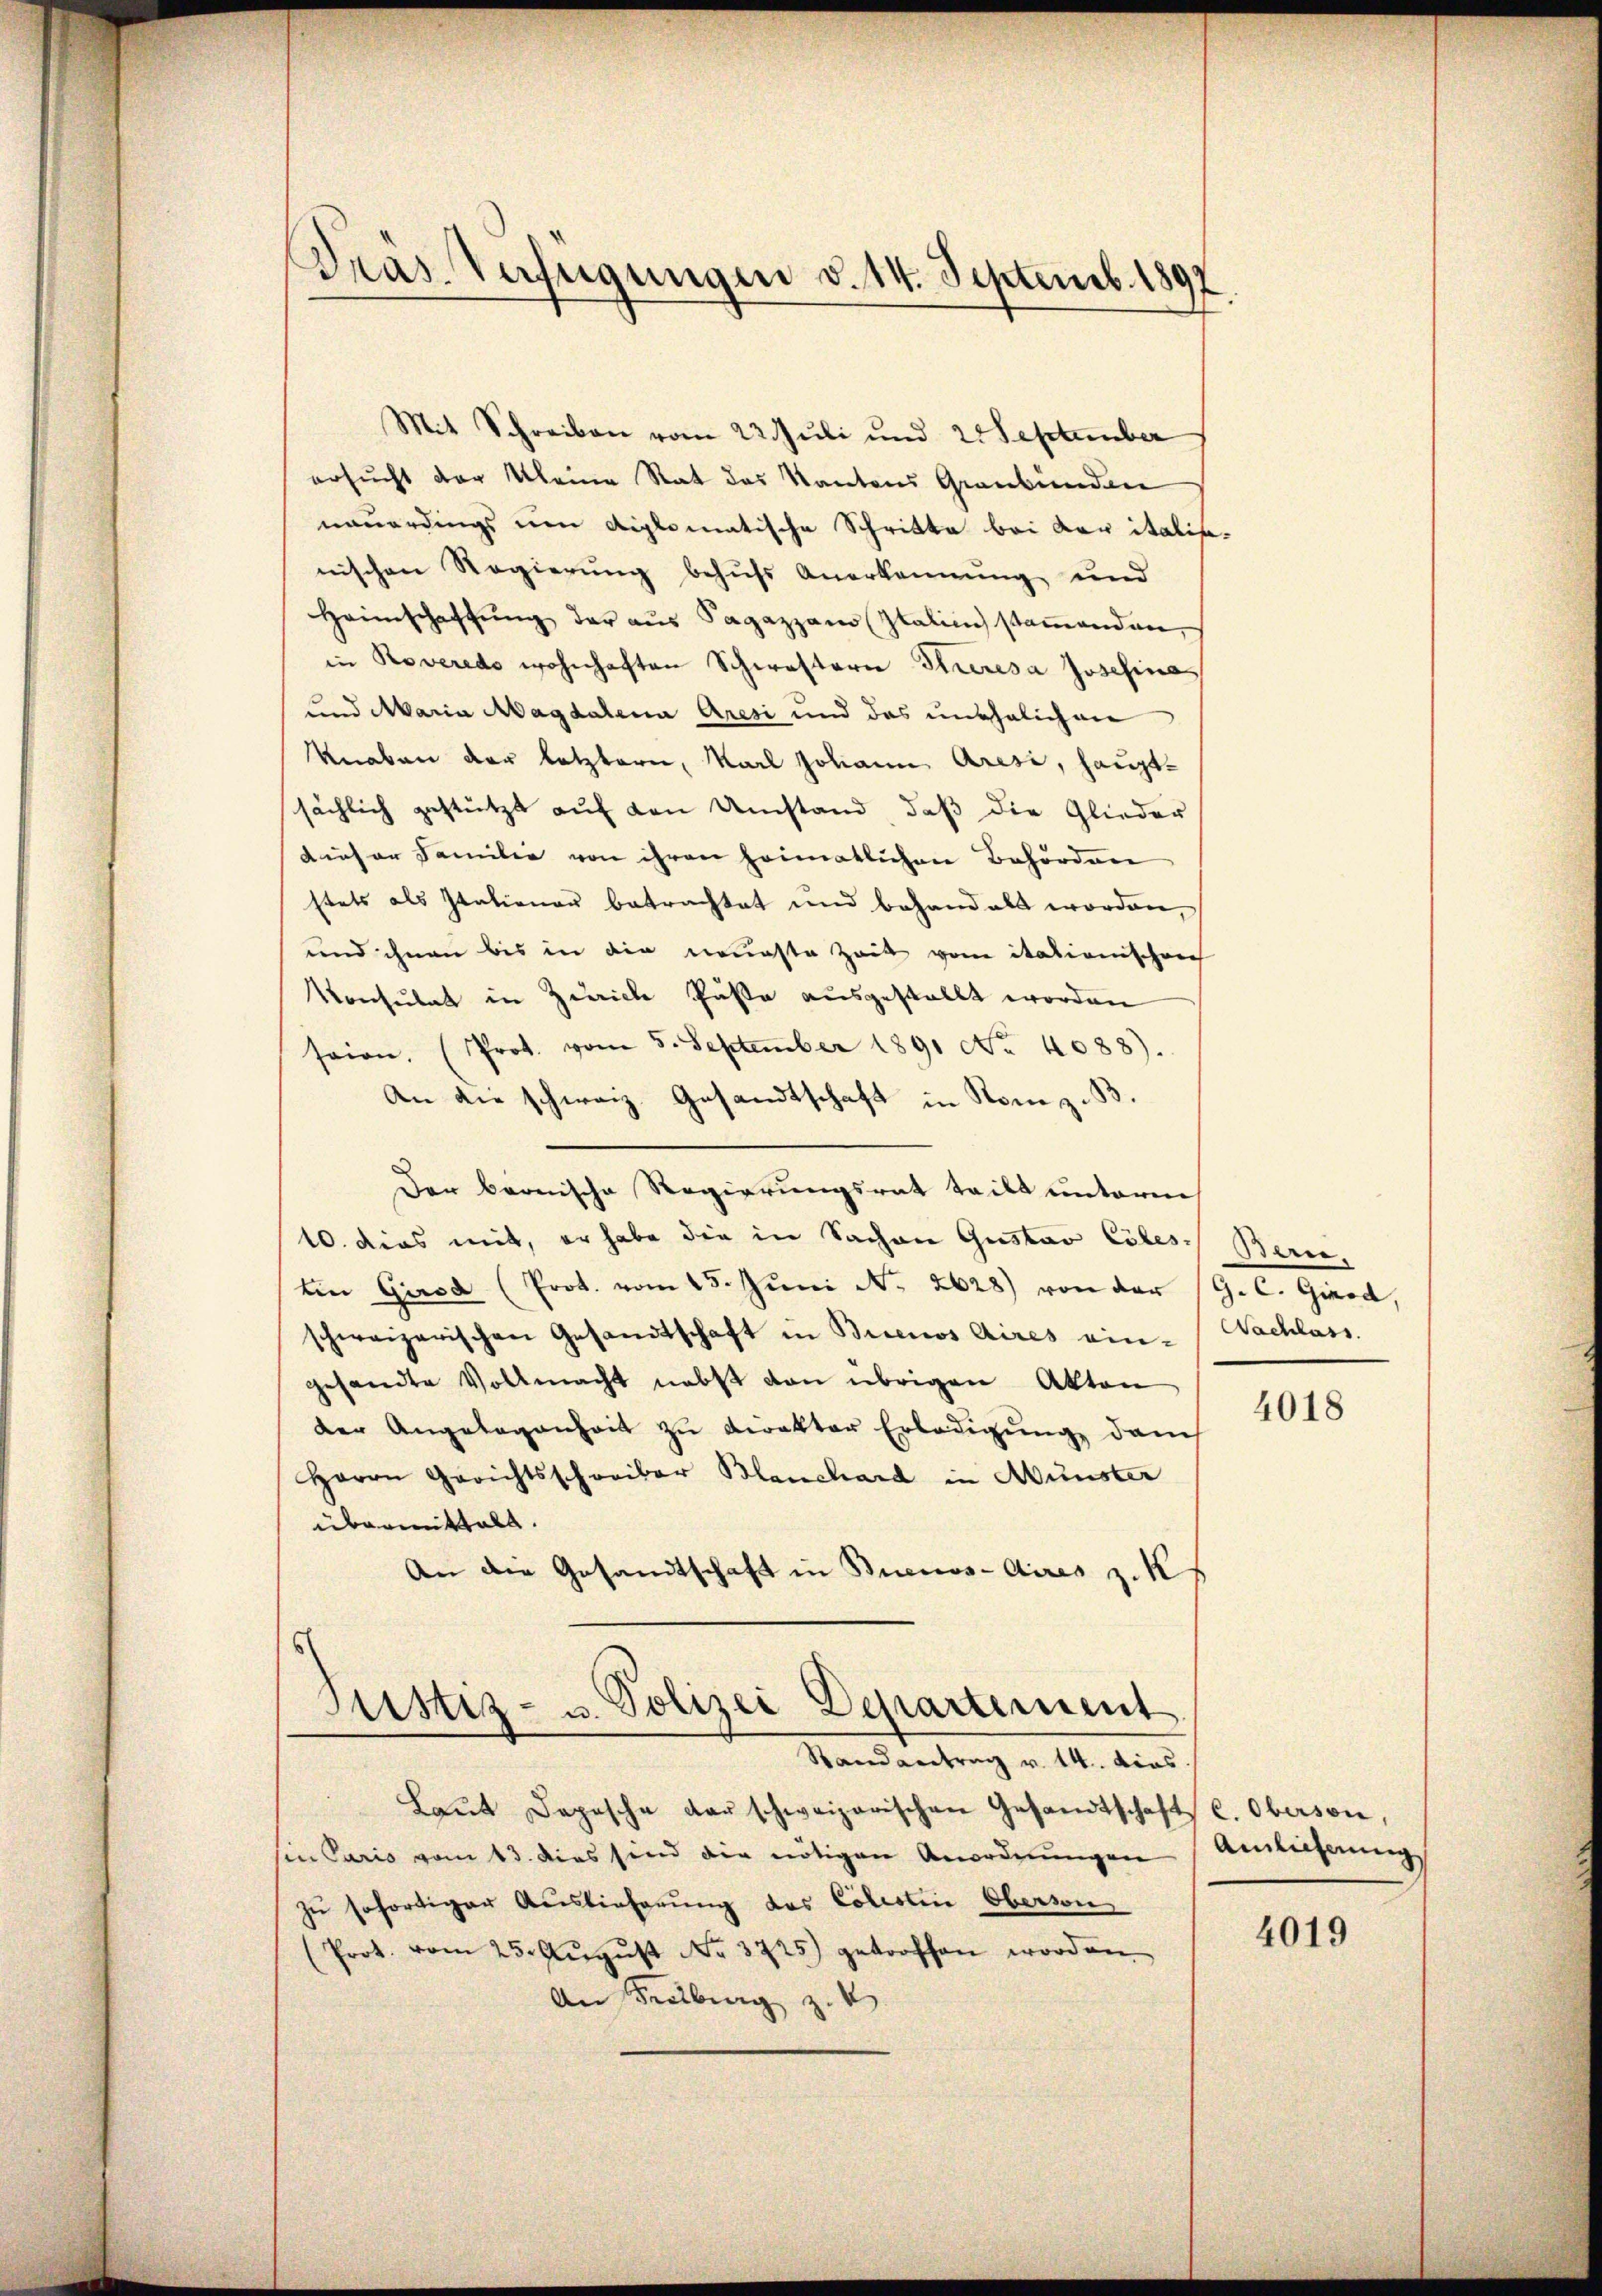
Dräs. Verfeigungen d. 14. Septemb. 1892

Mit Schreiben vom 22. Juli und 25 September
ersucht der Kleine Rat des Kantons Graubünden
neuerdings um diplomatische Schritte bei der italis-
nischen Regierung behufs Anerkennung und
Heimschaffŭng der aŭs Sagazzamo Italine stamenden,
in Roveredo wohnhaften Schwestern Steresa Josefina
und Maria Magdalena Aresi und das unehelichen
Knaben der letztern, Karl Johann Aresi, hauptsächlich gestützt auf den Umstand, daß die Glieder
dieser Familie von ihren heimatlichen Behörden
stets als Italiener betrachtet und behandelt worden,
und ihnen bis in die neueste Zeit vom italienischen
Konsulat in Zürich Paste ausgestellt worden
seien. (Prot. vom 5. September 1891 No. 4088).
An die schweiz. Gesandtschaft in Rom z. B.
Der bernische Regierungsrat teilt unterm
10. dies mit, er habe die in Sachen Gustav Cöles Bern,
tin Girod (Prot. vom 25. Jŭni N. 2628) von der G. C. Girod,
schweizerischen Gesandtschaft in Buenos Aires ein-Nachlass.
gesandte Vollmacht nebst den übrigen Akten
der Angelegenheit zu Direkter Erledigung dam
Herrn Gerichtsschreiber Blanchard in Münster
übermittelt.
An die Gesandtschaft in Buenos-Aires z. K
Justiz- u. Polizei Departement
Randantrag v. 14. dies
Laŭt Depesche darschweizerischen Gesandtschaft C. Oberson,
sin Paris vom 13. dies sind die nötigen Anordnŭngen Anlichung
zu sofortiger Auslieferung des Colestin Oberson
(Prot. vom 25. Aŭgŭst No. 3725) getroffen worden.
An Freiburg z.

4018

4019